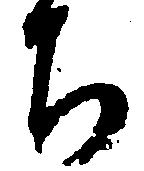
ち